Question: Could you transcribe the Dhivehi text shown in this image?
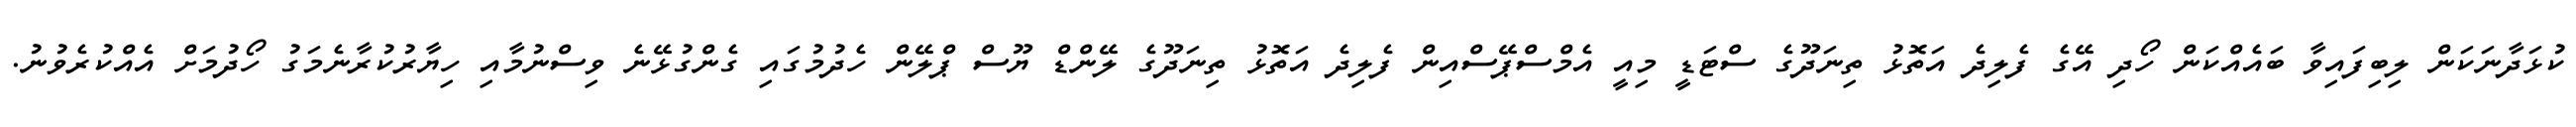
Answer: ކުޅަދާނަކަން ލިބިފައިވާ ބައެއްކަން ހޯދި އޭގެ ފެލިދެ އަތޮޅު ތިނަދޫގެ ސްޓަޑީ މިއީ އެމްސްޕޭސްއިން ފެލިދެ އަތޮޅު ތިނަދޫގެ ލޭންޑް ޔޫސް ޕްލޭން ހެދުމުގައި ގެންގުޅޭނެ ވިސްނުމާއި ހިޔާރުކުރާނެމަގު ހޯދުމަށް އެއްކުރެވުނު.